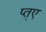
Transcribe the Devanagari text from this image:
प्त्ए